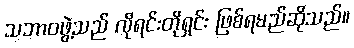
သဘာဝဖွဲ့သည် လိုရင်းတိုရှင်း ဖြစ်ရမည်ဆိုသည်။